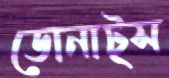
ডোনাট্স